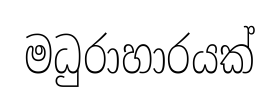
මධුරාහාරයක්